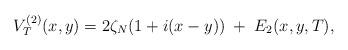
LaTeX: \begin{align*}V_T^{(2)}(x,y)=2\zeta_N(1+i(x-y))\;+\;E_2(x,y,T),\end{align*}